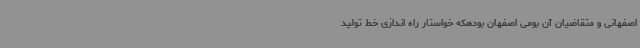
اصفهانی و متقاضیان آن بومی اصفهان بودهکه خواستار راه اندازی خط تولید